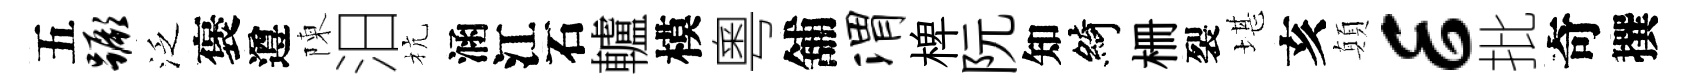
五蹶泛褒遵陳汨杭涵江石轤模粵舖渭椑阮知綺栅裂堪亥顛E批奇撰